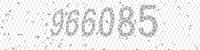
Solution: 966085